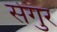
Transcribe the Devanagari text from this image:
सेगुर